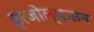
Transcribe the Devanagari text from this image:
हरजोल्फसन